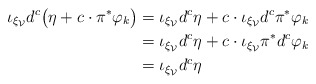
\begin{align*}\iota_{\xi_\mathcal{V}}d^c\bigl(\eta+c\cdot\pi^*\varphi_k\bigr)&=\iota_{\xi_\mathcal{V}}d^c\eta + c\cdot \iota_{\xi_\mathcal{V}}d^c\pi^*\varphi_k \\&=\iota_{\xi_\mathcal{V}}d^c\eta + c\cdot\iota_{\xi_\mathcal{V}}\pi^*d^c\varphi_k \\& =\iota_{\xi_\mathcal{V}}d^c\eta \end{align*}